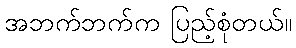
အဘက်ဘက်က ပြည့်စုံတယ်။